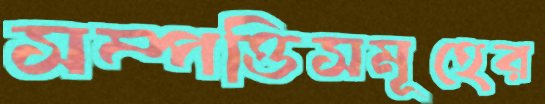
সম্পত্তিসমূহের